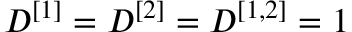
D ^ { [ 1 ] } = D ^ { [ 2 ] } = D ^ { [ 1 , 2 ] } = 1